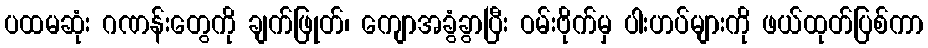
ပထမဆုံး ဂဏန်းတွေကို ချက်ဖြုတ်၊ ကျောအခွံခွာပြီး ဝမ်းဗိုက်မှ ပါးဟပ်များကို ဖယ်ထုတ်ပြစ်ကာ